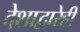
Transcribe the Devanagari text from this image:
देशाद्वारेही